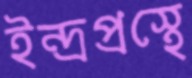
ইন্দ্রপ্রস্থে